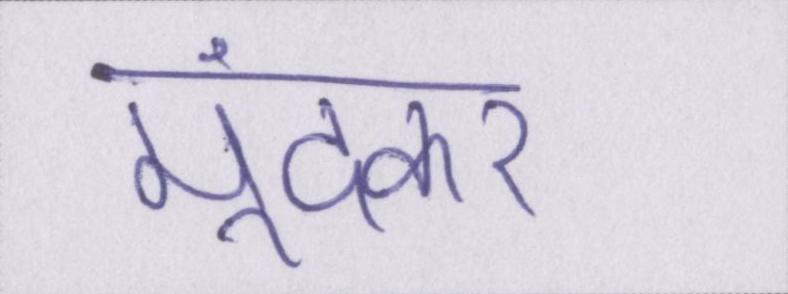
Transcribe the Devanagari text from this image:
मूंदकर